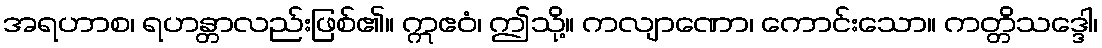
အရဟာစ၊ ရဟန္တာလည်းဖြစ်၏။ ဣဧဝံ၊ ဤသို့။ ကလျာဏော၊ ကောင်းသော။ ကတ္တိသဒ္ဒေါ၊